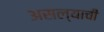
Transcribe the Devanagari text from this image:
असल्याचीं